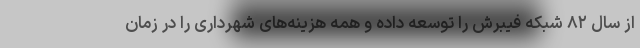
از سال ۸۲ شبکه فیبرش را توسعه داده و همه هزینه‌های شهرداری را در زمان